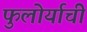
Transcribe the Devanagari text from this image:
फुलोर्याची